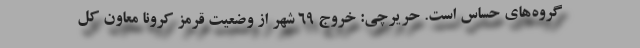
گروه‌های حساس است. حریرچی: خروج 69 شهر از وضعیت قرمز کرونا معاون کل